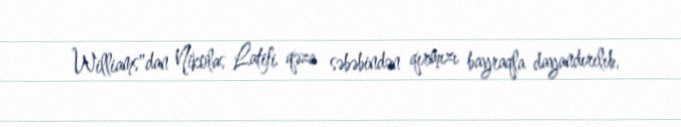
Williams"dan Nikolas Latifi qəza səbəbindən qırmızı bayraqla dayandırılıb,